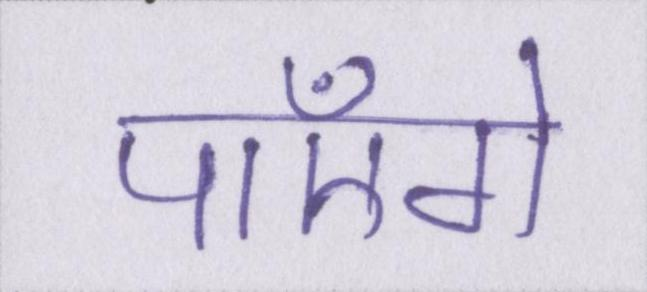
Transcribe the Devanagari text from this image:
पाएँगे